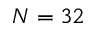
N = 3 2